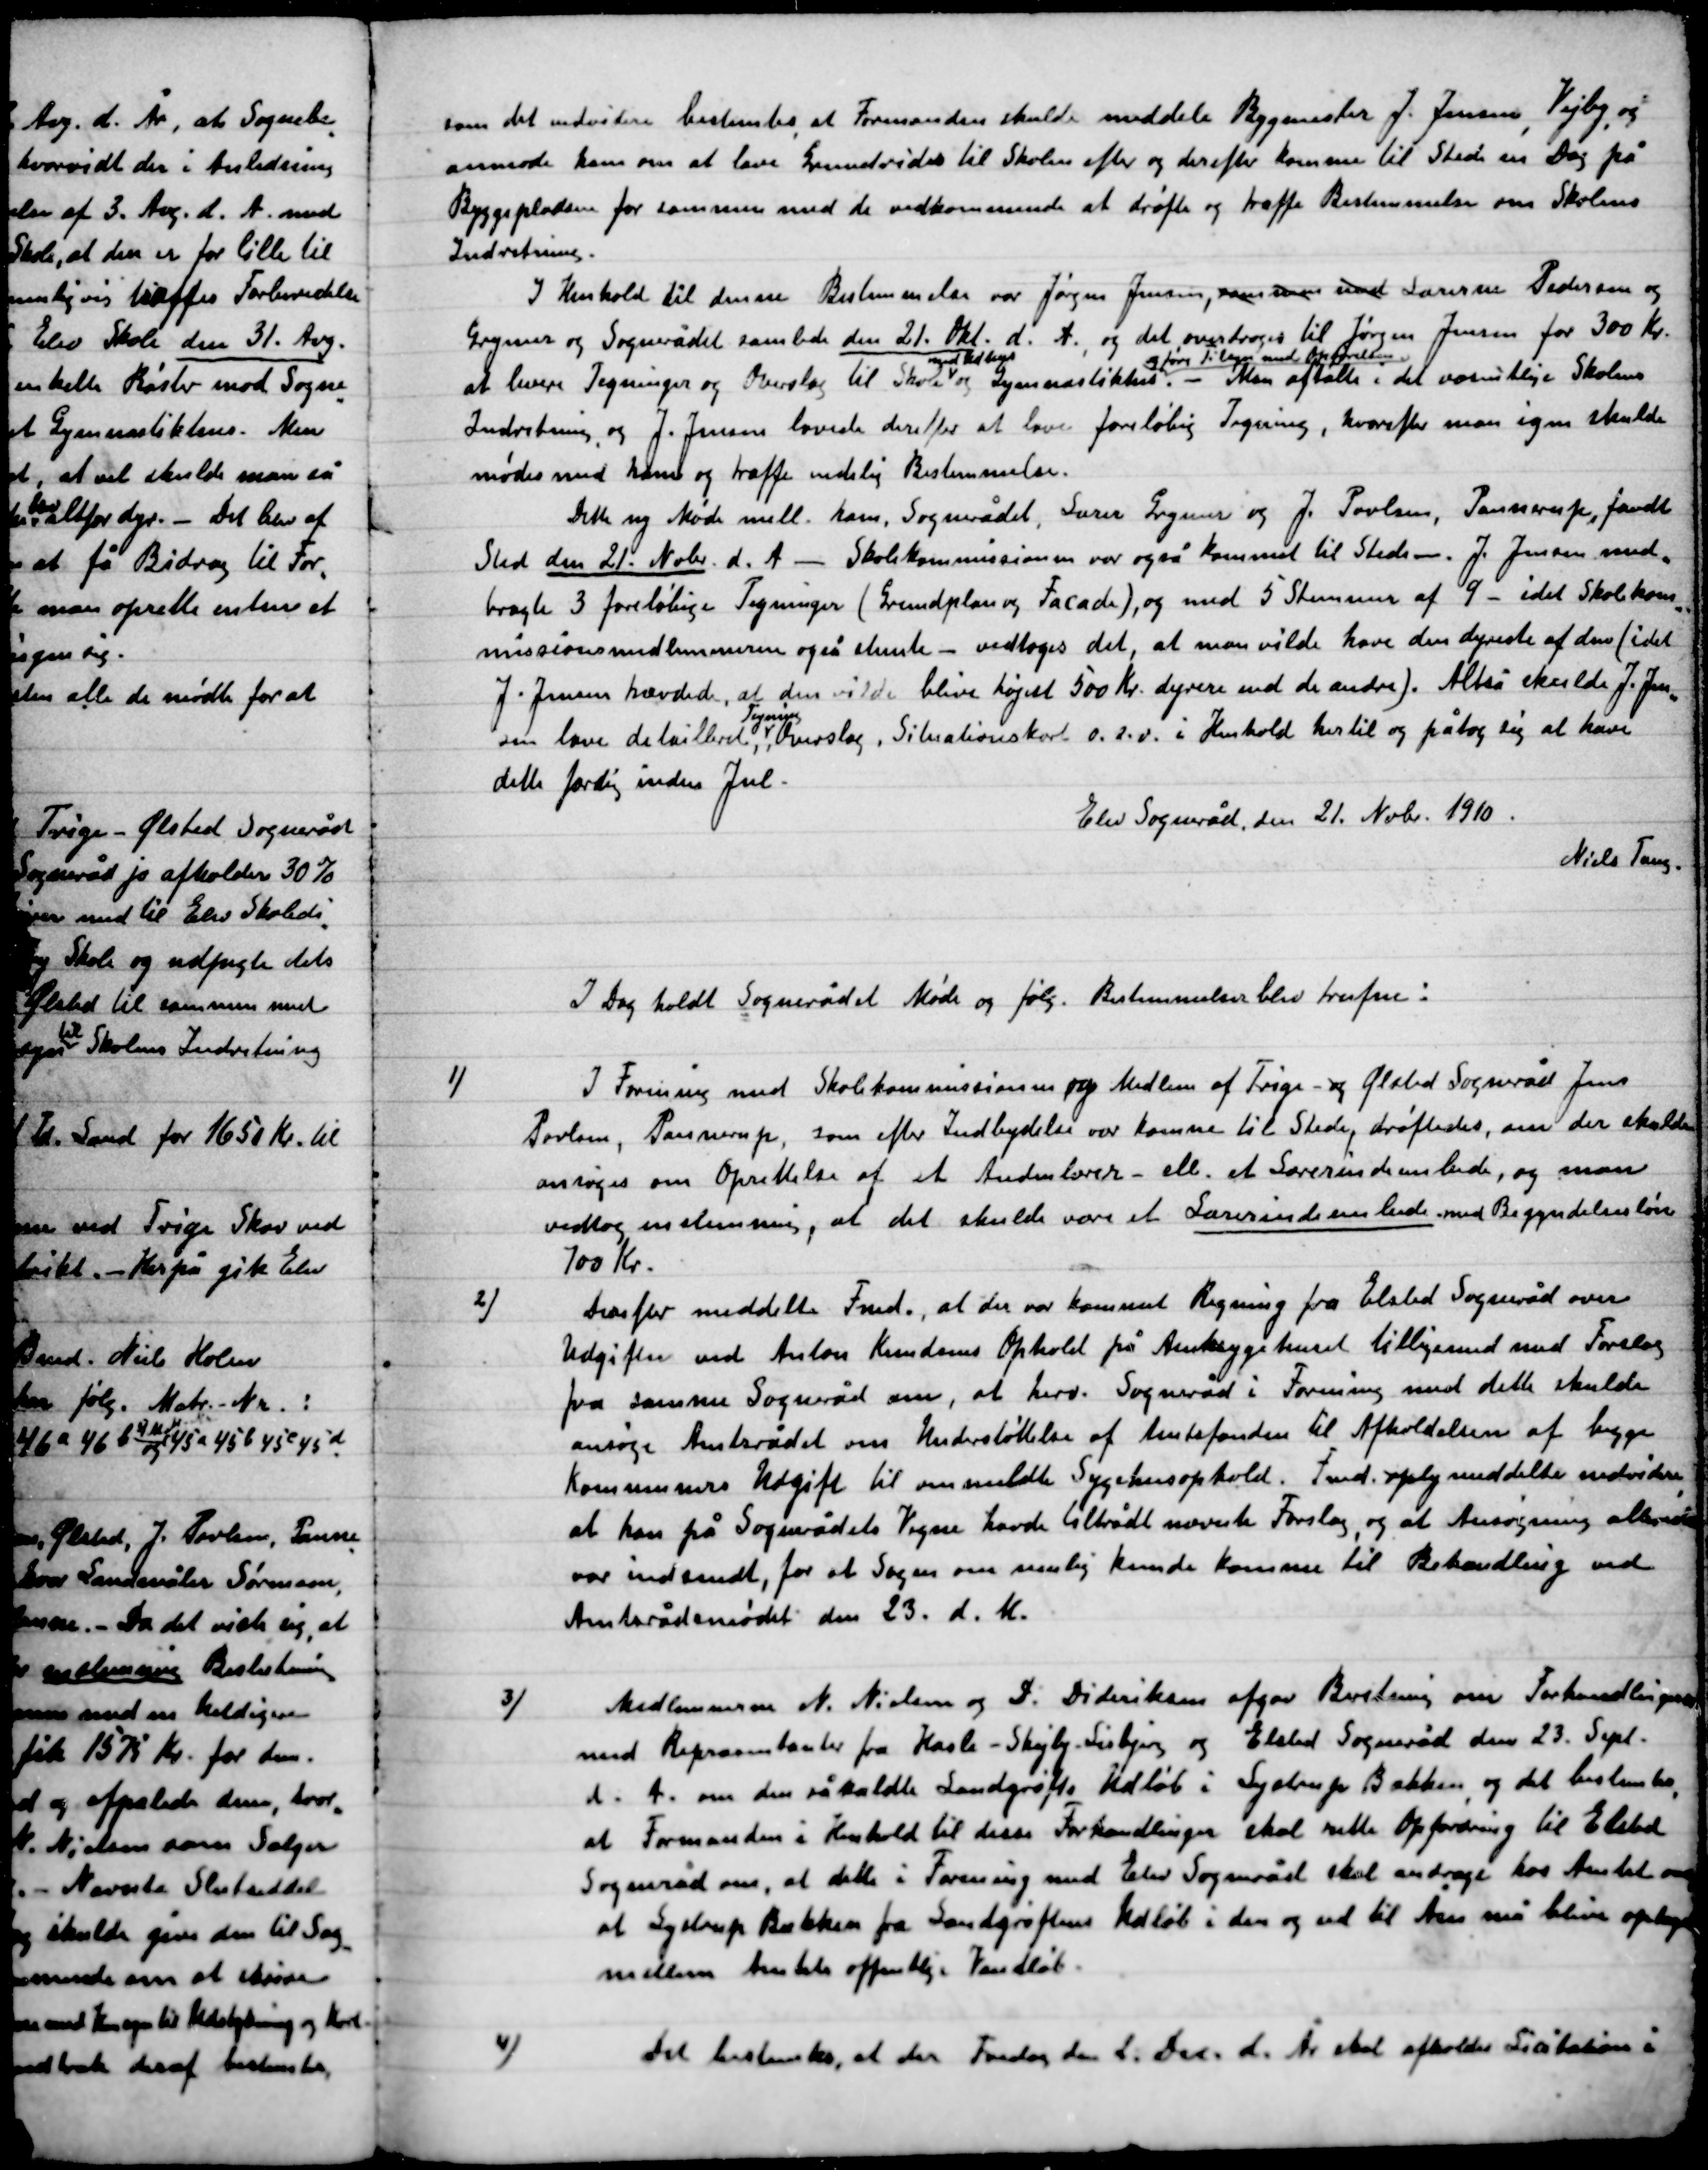
Transskription:
som det udviste bestemtes at Formanden skulde meddele Bygmester J. Jensen, Vejby og
anmode ham om at lave Grundvidere til Skolen efter og derefter komme til Stede en Dag på
Byggepladsen for samme med de vedkommende at drøfte og træffe Bestemmelser om Skolens
Indretning.
I Henhold til denne Bestemmelser var Jørgen Jensen, som som med Lærerne Pedersen og
Grymer og Sognerådet samlede den 21. Okt. d. A., og det overdroges til Jørgen Jensen for 300 Kr.
at levere Tegninger og Overslag til Skole
med Udbygn.
og Gymnastikhus
og føre tilsyn med Opførelsen. -
Man aftalte i det væsentlige Skolens
Indretning og J. Jensen lovede derefter at lave foreløbig Tegning , hvorefter man igen skulde
Mødes med ham og træffe endelig Bestemmelser.
Dette nye Møde mell. ham, Sognerådet, Lærer Grymer og J. Poulsen, Pannerup,  fandt
Sted den 21. Nobr. d. A. Skolekommissionen var også kommet til Stede m. – J. Jensen med-
bragte 3 foreløbige Tegninger (Grundplan og Facade), og med 5 Stemmer af 9 – idet Skolekom-
missionsmedlemmerne også stemte – vedtoges det, at man vilde have den dyreste af dem (idet
J. Jensen hævdede, at den vilde blive højest 500 Kr. dyrere end de andre). Altså skulde J. Jen-
sen lave detailbud.
Tegning.
Overslag, Situationskort o.s.v. i Henhold hertil og påtog sig at have
dette færdig inden jul.
Elev Sogneråd den 21. Nobr. 1910.
Niels Tang

I Dag holdt Sognerådet Møde og følg. Bestemmelser blev trufne:

1)

I forening med Skolekommissionen og Medlem af Trige - og Ølsted sogneråd Jens
Poulsen, Pannerup, som efter Indbydelse var kommet til stede drøftedes, om der skulde
ansøges om Oprettelse af et Anden lærer – ell. et Lærerindeembede, og man
vedtog enstemmig, at det skulle være et Lærerindeembede med Begyndelsesløn
100 Kr.

2)

Derefter meddelte Fmd. at der var kommet Regning fra Elsted Sogneråd over
Udgifter ved Anton Kristensen Ophold på Amtssygehuset tilligemed med Forslag
fra samme Sogneråd om, at herv. Sogneråd i Forening med dette skulde
ansøge Amtsrådet om Understøttelse af Amtsfonden til Afholdelsen af begge
Kommunens Udgift til ommeldte Sygehusophold. Fmd. oply meddelte endvidere
at han på Sognerådets Vegne havde tiltrådt nævnte Forslag, og at Ansøgningen altså
var indsendt, for at Sagen om mulig kunde komme til Behandling ved
Amtsrådsmødet den 23. d. M.

3)

Medlemmer N. Nielsen og D. Dideriksen afgav Beretning om Forhandlinger
med Repræsentanter fra Hasle-Skejby Lisbjerg og Elsted Sogneråd den 23. Sep.
d. A. om den såkaldte Land grøfte, Udløb i Lystrup Bækken og det bestemtes
at Formanden i Henhold til disse Forhandlinger skal rette Opfordring til Elsted
Sogneråd om, at dette i forening med Elev Sogneråd skal andrage hos Amtet om
at Lystrup Bækken fra Landgrøftens Udløb i den og ud til Åen må blive optaget
mellem Amtets offentlige Vandløb.

4)

Det bestemtes, at der Fredag den 2. Dec. d. År skal afholdes Licitation i